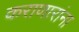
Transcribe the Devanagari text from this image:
कराणारांना